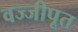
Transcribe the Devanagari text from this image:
वज्जीपूत